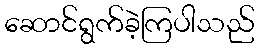
ဆောင်ရွက်ခဲ့ကြပါသည်